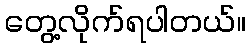
တွေ့လိုက်ရပါတယ်။